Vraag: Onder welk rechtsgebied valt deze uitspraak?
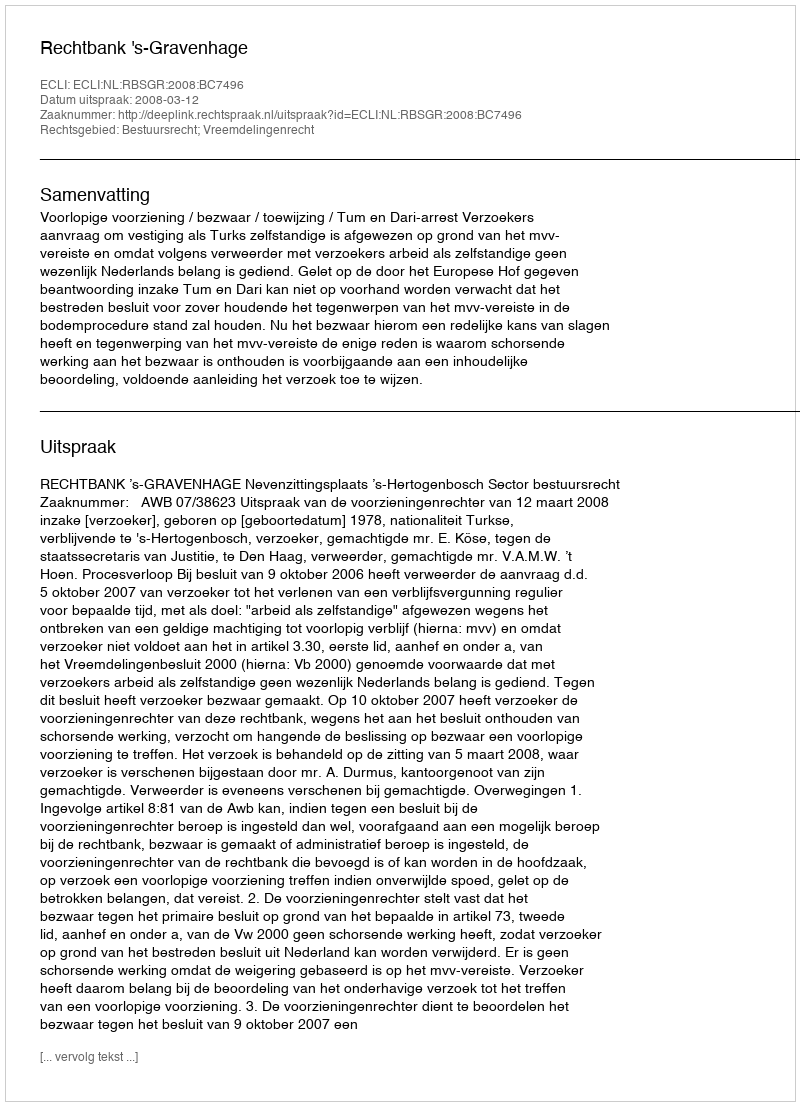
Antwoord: Bestuursrecht; Vreemdelingenrecht